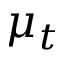
\mu _ { t }